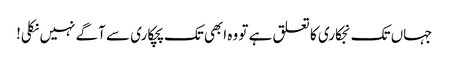
جہاں تک نجکاری کا تعلق ہے تو وہ ابھی تک پچکاری سے آگے نہیں نکلی!